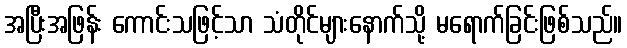
အပြီးအဖြန်း ကောင်းသဖြင့်သာ သံတိုင်များနောက်သို့ မရောက်ခြင်းဖြစ်သည်။